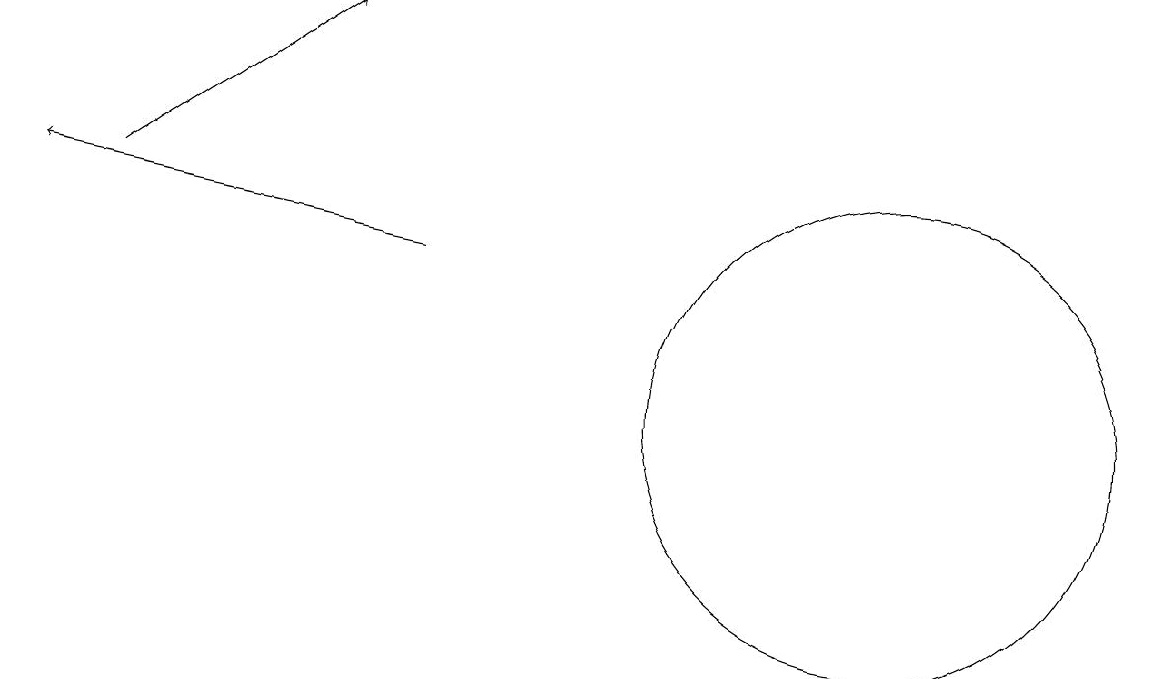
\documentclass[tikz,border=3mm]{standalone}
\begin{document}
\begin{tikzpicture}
\draw[->] (5,12) -- (0,13);
\draw (11,10) circle (3);
\draw[->] (1,13) -- (4,15);
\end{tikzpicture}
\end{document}